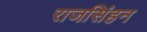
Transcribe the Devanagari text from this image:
राजसिंहन